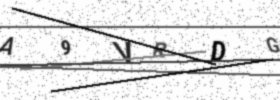
Text: A9VRDG